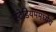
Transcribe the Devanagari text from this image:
स्टेडियममध्येच